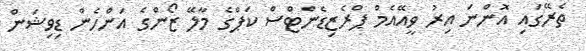
ތެރޭގައި އޮންނަ އިރު ވީއޭއެމް ޕްރެޒިޑެންޓްސް ކަޕްގެ މާލޭ ޒޯންގެ އަންހެން ޑިވިޝަން